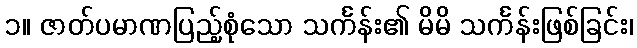
၁။ ဇာတ်ပမာဏပြည့်စုံသော သင်္ကန်း၏ မိမိ သင်္ကန်းဖြစ်ခြင်း၊